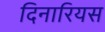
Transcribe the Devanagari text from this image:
दिनारियस